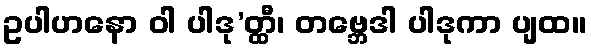
ဥပါဟနော ဝါ ပါဒု’တ္ထီ၊ တဗ္ဘေဒါ ပါဒုကာ ပျထ။